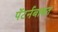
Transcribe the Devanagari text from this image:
पॅटर्नबाबत